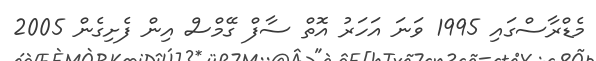
މެޑްރާސްގައި 1995 ވަނަ އަހަރު އޮތް ސާފް ގޭމްސް އިން ފެށިގެން 2005